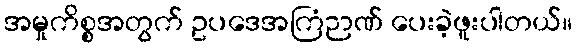
အမှုကိစ္စအတွက် ဥပဒေအကြံဉာဏ် ပေးခဲ့ဖူးပါတယ်။